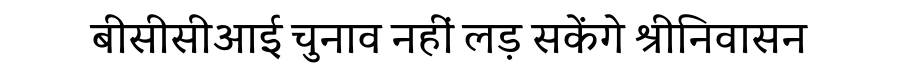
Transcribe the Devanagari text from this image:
बीसीसीआई चुनाव नहीं लड़ सकेंगे श्रीनिवासन